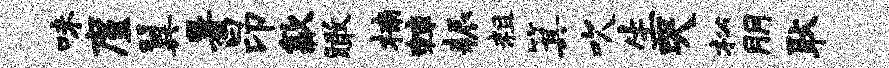
味廑翼暑昂歙瞰楠棘耨粗箕吹生哭松朋耿